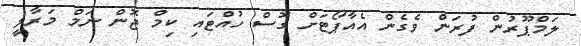
ލަމްޕޫރުން ފުރަން ވެގެން އެއާޕޯޓަށް ގޮސް ހުއްޓައި ކިމް ޖޮން ނަމް މަރާލީ